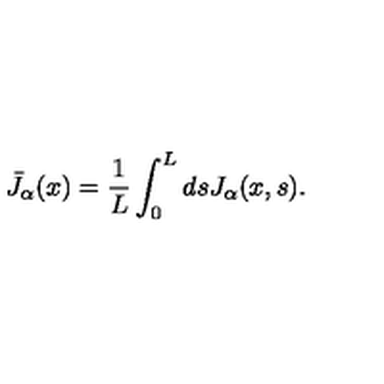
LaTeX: { \bar { J } } _ { \alpha } ( x ) = \frac { 1 } { L } \int _ { 0 } ^ { L } d s J _ { \alpha } ( x , s ) .